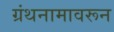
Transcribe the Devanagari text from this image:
ग्रंथनामावरून